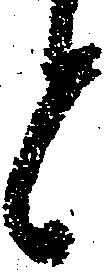
と